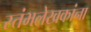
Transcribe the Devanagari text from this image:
स्तंभलेखकांना